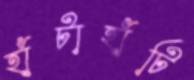
হাঁটাহাঁটি